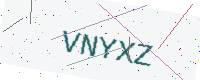
Text: VNYXZ